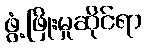
ဖွံ့ဖြိုးမှုဆိုင်ရာ